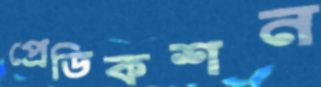
প্রেডিকশন